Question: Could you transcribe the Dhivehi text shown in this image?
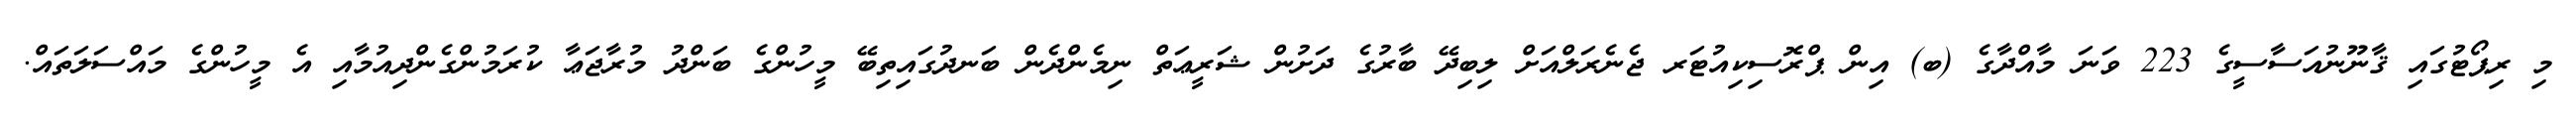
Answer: މި ރިޕޯޓުގައި ޤާނޫނުއަސާސީގެ 223 ވަނަ މާއްދާގެ (ބ) އިން ޕްރޮސިކިއުޓަރ ޖެނެރަލްއަށް ލިބިދޭ ބާރުގެ ދަށުން ޝަރީޢަތް ނިމެންދެން ބަނދުގައިތިބޭ މީހުންގެ ބަންދު މުރާޖަޢާ ކުރަމުންގެންދިއުމާއި އެ މީހުންގެ މައްސަލަތައް.